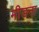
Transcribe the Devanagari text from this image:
मीडना